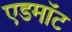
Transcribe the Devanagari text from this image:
एडमॉट